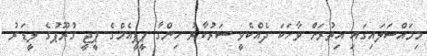
މިމައްސަލައިގައި އިތުރަށް ވާހަކަ ދެއްކެވީ ސަރުކާރު ހިންގާ ޕީޕީއެމްގެ ޕީޖީ ގުރޫޕުގެ ލީޑަރު